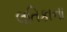
લતિકાના